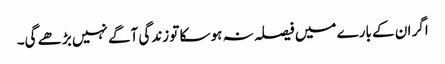
اگر ان کے بارے میں فیصلہ نہ ہو سکا تو زندگی آگے نہیں بڑھے گی۔